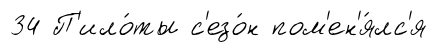
34 П'ило́ты с'езо́н пом'ен'я́лс'я